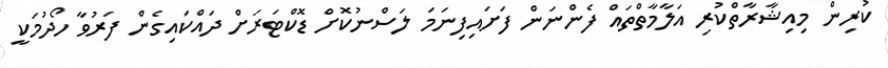
ކުރިން މިއިޝާރާތްކުރި އަލާމާތްތައް ފެންނަން ފަށައިފިނަމަ ލަސްނުކޮށް ޑޮކްޓަރަށް ދައްކައިގެން ފަރުވާ ހޯދުމަކީ